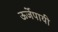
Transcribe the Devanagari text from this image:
ऊर्जेपायी